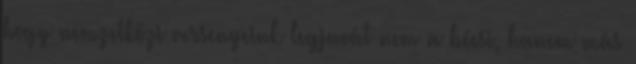
hogy nemzetközi versenyeink legjavát nem a bécsi, hanem más